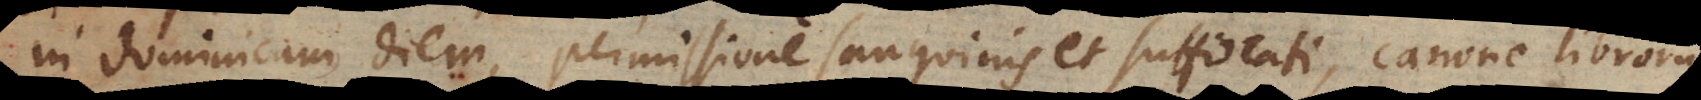
in dominicam diem, permissione sanguinis et suffocati, a